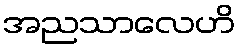
အညသာလေဟိ